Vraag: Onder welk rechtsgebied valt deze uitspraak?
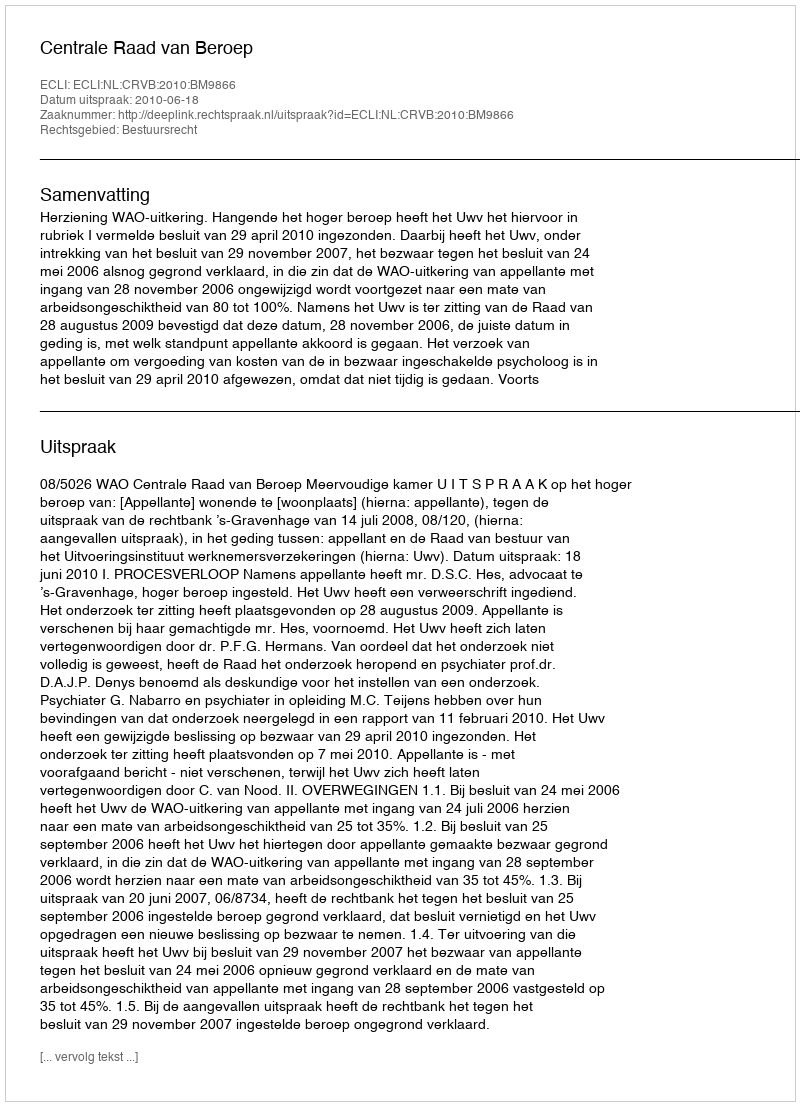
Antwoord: Bestuursrecht